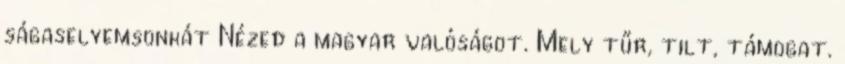
ságaselyemsonkát Nézed a magyar valóságot. Mely tűr, tilt, támogat.